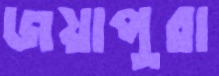
জয়াপুরা